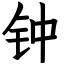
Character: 钟